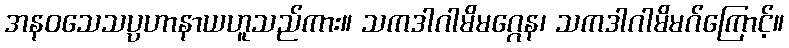
အနဝသေသပ္ပဟာနာယဟူသည်ကား။ သကဒါဂါမိမဂ္ဂေန၊ သကဒါဂါမိမဂ်ကြောင့်။